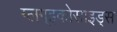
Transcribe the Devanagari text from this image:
ग्लग्इकोसाइड्स